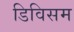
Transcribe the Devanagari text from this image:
डिविसम